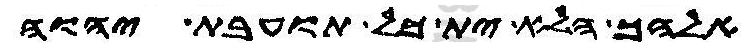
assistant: אלהך הלא ית כל תועבת יהוה